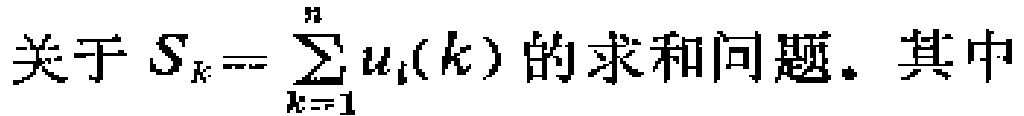
关于 \(S_{K}=\sum_{k = 1}^{n}u_{i}(k)\) 的求和问题。其中